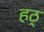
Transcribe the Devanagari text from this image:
हठ्